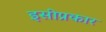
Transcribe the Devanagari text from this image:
इसीप्रकार